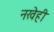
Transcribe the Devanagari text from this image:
नखेही